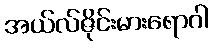
အယ်လ်ဇိုင်းမားရောဂါ